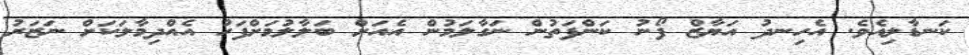
ކަނޑާލިއެވެ. އެހިނދު އަޔާޒް ފޯނު ކަންފަތުން ނަގާލަމުން އެއަށް ބަލާލުމަށްފަހު އެއްދިމާލަކަށް ނަޒަރު